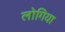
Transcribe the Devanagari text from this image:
लोगिया